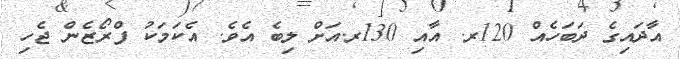
އާދައިގެ ދަބަހެއް 120ރ. އާއި 130ރ.އަށް ލިބެ އެވެ. އެކަމަކު ފްރޯޒެން ޖެހި